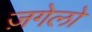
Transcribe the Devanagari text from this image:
ज़गेलो